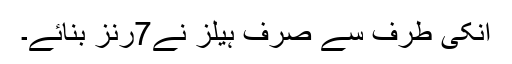
اُنکی طرف سے صرف ہیلز نے7رنز بنائے۔